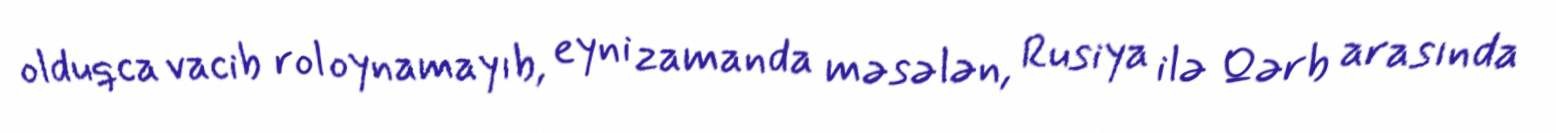
olduqca vacib rol oynamayıb, eyni zamanda məsələn, Rusiya ilə Qərb arasında